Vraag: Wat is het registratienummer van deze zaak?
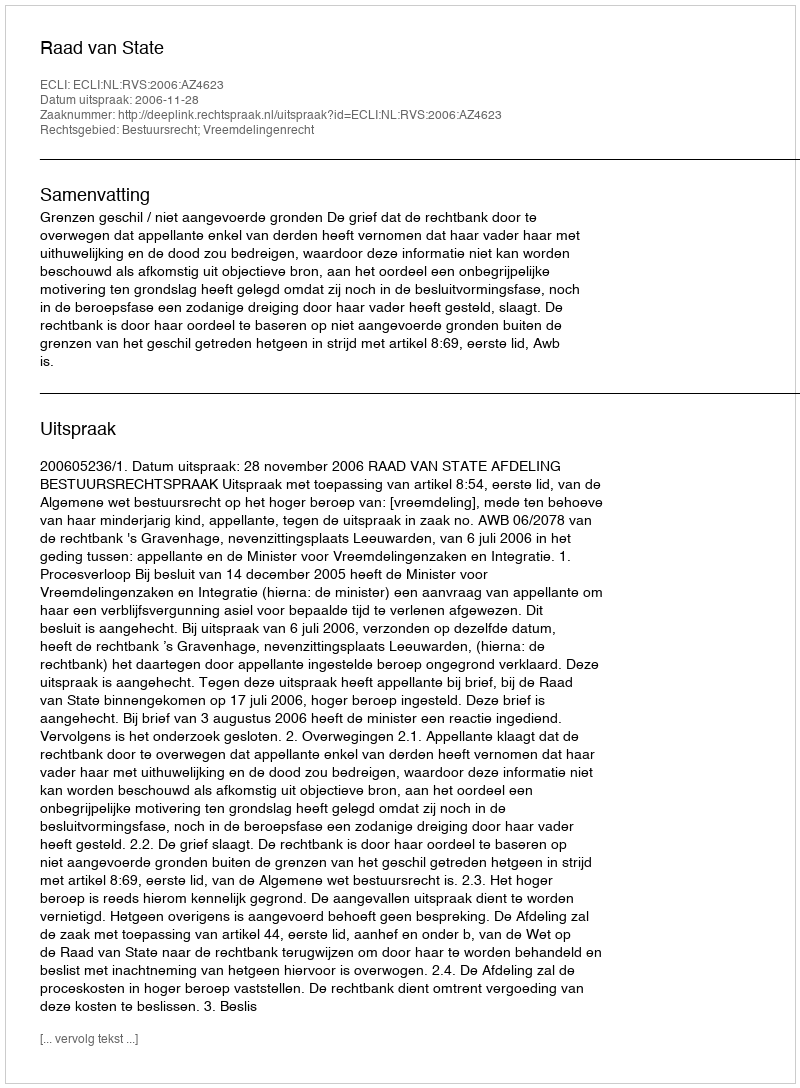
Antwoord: http://deeplink.rechtspraak.nl/uitspraak?id=ECLI:NL:RVS:2006:AZ4623